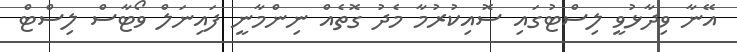
އޭނާ ވިދާޅުވީ ލިސްޓުގައި ސޮއިކުރުމާ މެދު ގޮތެއް ނިންމާނީ ފައިނަލް ވޯޓާސް ލިސްޓް